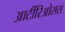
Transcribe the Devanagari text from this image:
आर्टीरिओसस